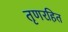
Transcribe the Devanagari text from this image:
तृणरहित